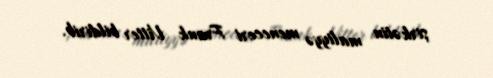
şirkətin maliyyə meneceri Frank Vitter bildirib.